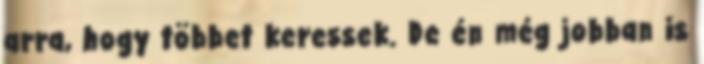
arra, hogy többet keressek. De én még jobban is